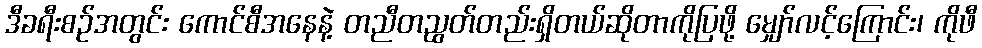
ဒီခရီးစဉ်အတွင်း ကောင်စီအနေနဲ့ တညီတညွတ်တည်းရှိတယ်ဆိုတာကိုပြဖို့ မျှော်လင့်ကြောင်း၊ ကိုဖီ